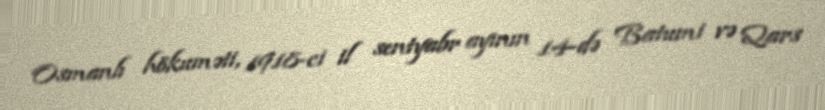
Osmanlı hökuməti, 1918-ci il sentyabr ayının 14-də Batumi və Qars